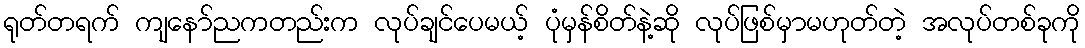
ရုတ်တရက် ကျနော်ညကတည်းက လုပ်ချင်ပေမယ့် ပုံမှန်စိတ်နဲ့ဆို လုပ်ဖြစ်မှာမဟုတ်တဲ့ အလုပ်တစ်ခုကို